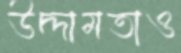
উদ্দামতাও